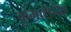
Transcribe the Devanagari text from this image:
कुमाराच्या